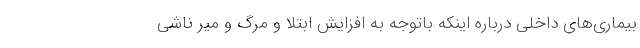
بیماری‌های داخلی درباره اینکه باتوجه به افزایش ابتلا و مرگ و میر ناشی